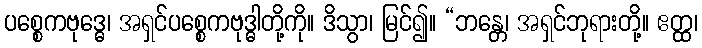
ပစ္စေကဗုဒ္ဓေ၊ အရှင်ပစ္စေကဗုဒ္ဓါတို့ကို။ ဒိသွာ၊ မြင်၍။ “ဘန္တေ၊ အရှင်ဘုရားတို့။ ဧတ္ထ၊